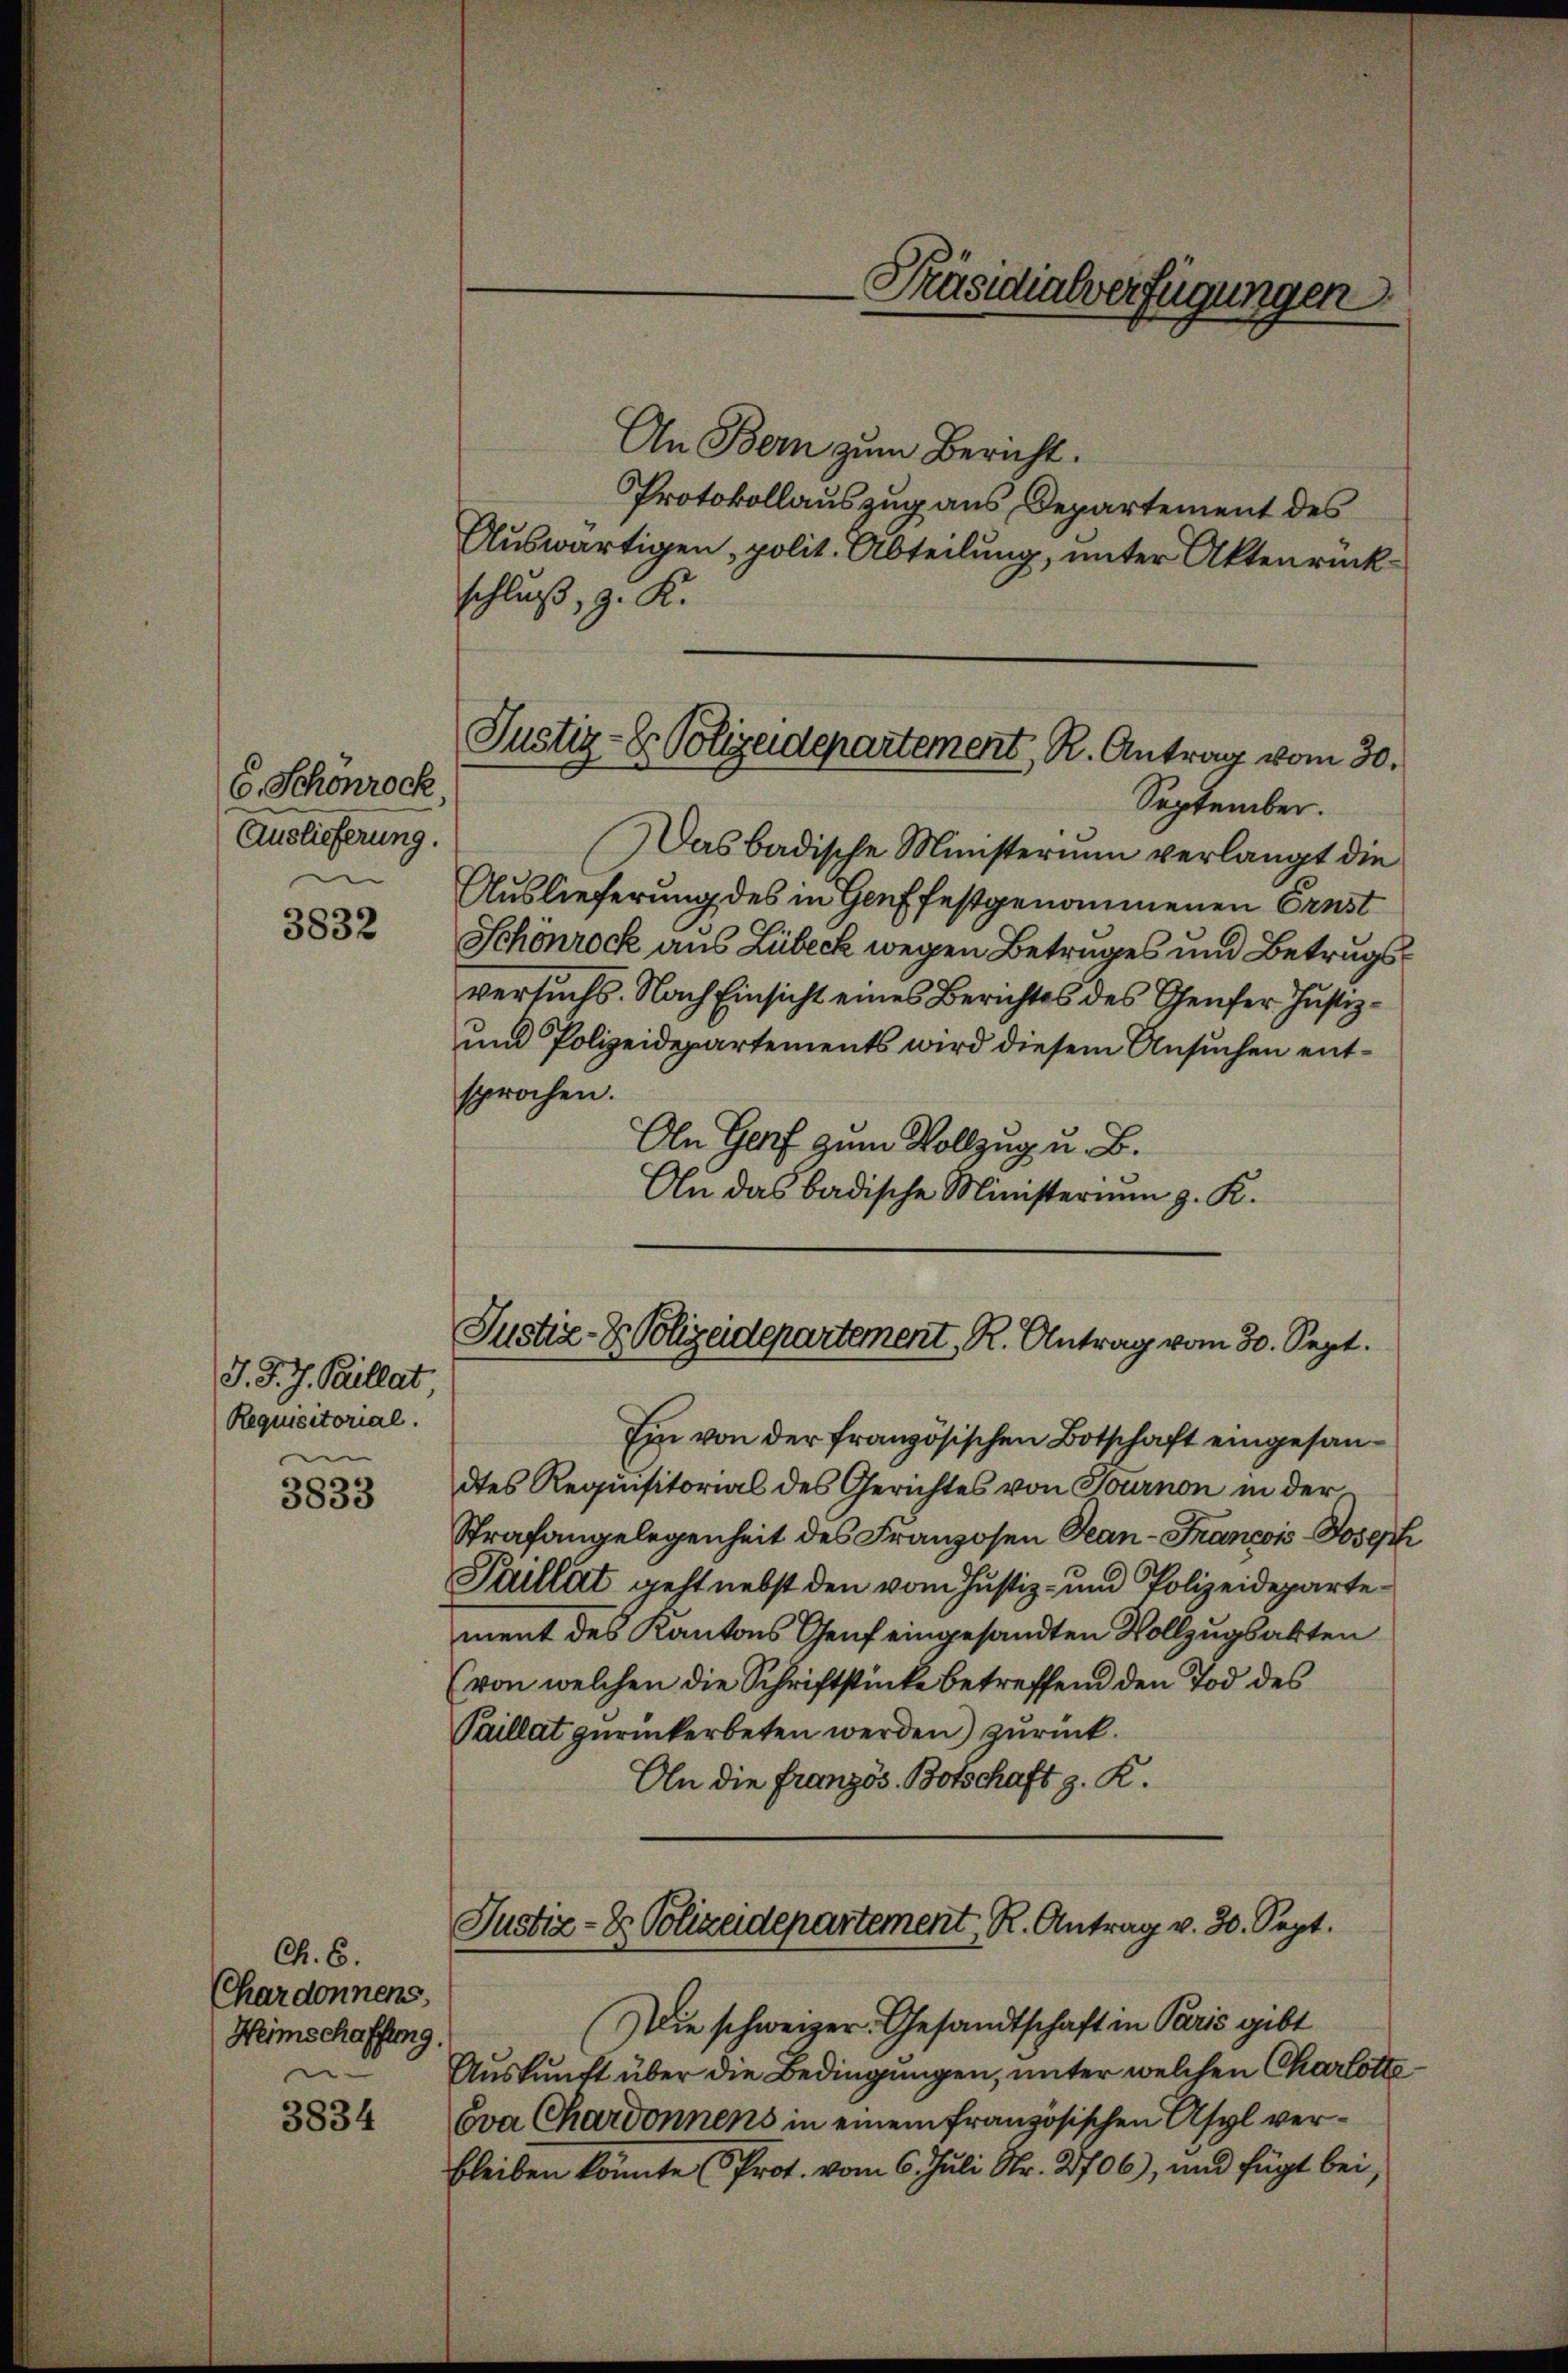
6. Schönrock
Auslieferung.
n

3832

J. J. J. Kellat
Requisitorial.
e

3833

Ch. E.
CChardonnens,
Heimschaffung.

3834

An Bern zum Bericht.
Protokollauszug aus Departement des
Auswärtigen, polit. Abteilung, unter Aktenrück-
schluß, z. K.

September.
Das badische Ministerium verlangt die
Auslieferung des in Genf festgenommenen Ernst
Schönrock aus Lübeck wegen Betrages und Betragsversuchs. Nach Einsicht eines Berichtes des Genfer Justiz¬
und Polizeidepartements wird diesem Ansuchen entsprochen.
An Genf zum Vollzug u. B.
An das badische Ministerium z. K.

Präsidialverfügungen

Justiz- & Polizeidepartement, R. Antrag vom 30.

Justiz- & Polizeidepartement, R. Antrag vom 30. Sept.

(Die schweizer. Gesandtschaft in Paris gibt
Auskunft über die Bedingungen, unter welchen Charlotte
Eva Chardonnens in einem französischen Asyl verbleiben könnte Prot. vom 6. Juli Nr. 2706), und fügt bei,

Ein von der französischen Botschaft eingesandtes Requisitorial des Gerichtes von Hournon in der
Strafangelegenheit des Franzosen Tean-Francois-Joseph
Paillat geht nebst den vom Justiz- und Polizeideparte
ment des Kantons Genf eingesandten Vollzugsakten
(von welchen die Schriftstücke betreffend den Tod des
Paillat zurückerbeten werden) zurück.
An die Französ. Botschaft z. R.

Justiz- & Polizeidepartement, R. Antrag v. 30. Sept.